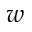
w